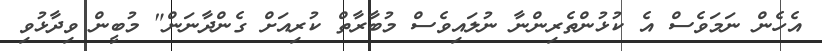
އެހެން ނަމަވެސް އެ ކުޅުންތެރިންނާ ނުލައިވެސް މުބާރާތް ކުރިއަށް ގެންދާނަން" މުބީން ވިދާޅުވި